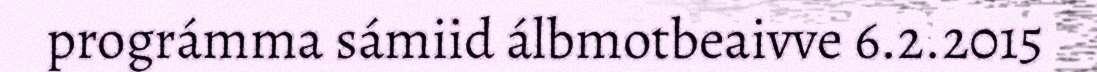
prográmma sámiid álbmotbeaivve 6.2.2015